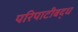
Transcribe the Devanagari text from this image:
परिपाटीबद्ध